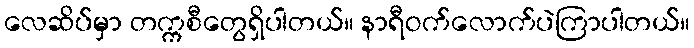
လေဆိပ်မှာ တက္ကစီတွေရှိပါတယ်။ နာရီဝက်လောက်ပဲကြာပါတယ်။